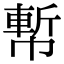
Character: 𢄤